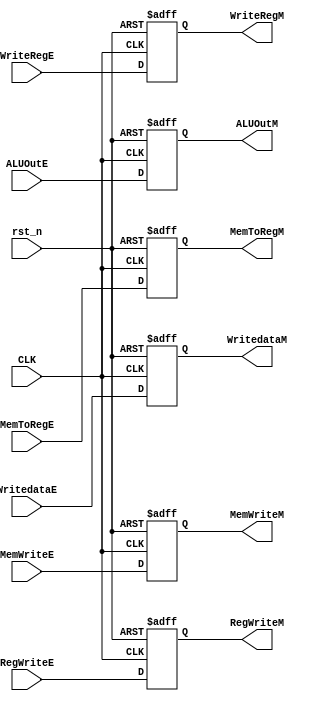
module RegM (
input                   rst_n,
input                   RegWriteE,
input                   MemToRegE,
input                   MemWriteE,
input                   CLK,
input         [31:0]    ALUOutE,
input         [31:0]    WritedataE,
input         [4:0]     WriteRegE,
output reg              RegWriteM,
output reg              MemToRegM,
output reg              MemWriteM,
output reg    [31:0]    ALUOutM,
output reg    [31:0]    WritedataM,
output reg    [4:0]     WriteRegM
);

always@(posedge CLK or negedge rst_n)
begin
    if (~rst_n)
    begin
    RegWriteM <= 1'b0;
    MemToRegM <= 1'b0;
    MemWriteM <= 1'b0;
    ALUOutM   <= 32'b0;
    WritedataM<= 32'b0;
    WriteRegM <= 5'b0;  
    end
    else
    begin
    RegWriteM <= RegWriteE;
    MemToRegM <= MemToRegE;
    MemWriteM <= MemWriteE;
    ALUOutM   <= ALUOutE;
    WritedataM<= WritedataE;
    WriteRegM <= WriteRegE;
    end
end

endmodule